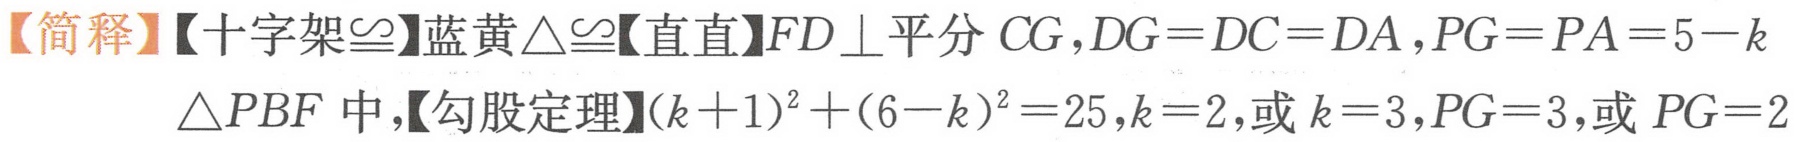
【简释】【十字架\(\cong\)】蓝黄\(\triangle\cong\)【直直】\(FD\perp\)平分 \(CG\)，\(DG = DC = DA\)，\(PG = PA = 5 - k\)
\(\triangle PBF\)中，【勾股定理】\((k + 1)^{2}+(6 - k)^{2}=25\)，\(k = 2\)，或 \(k = 3\)，\(PG = 3\)，或 \(PG = 2\)